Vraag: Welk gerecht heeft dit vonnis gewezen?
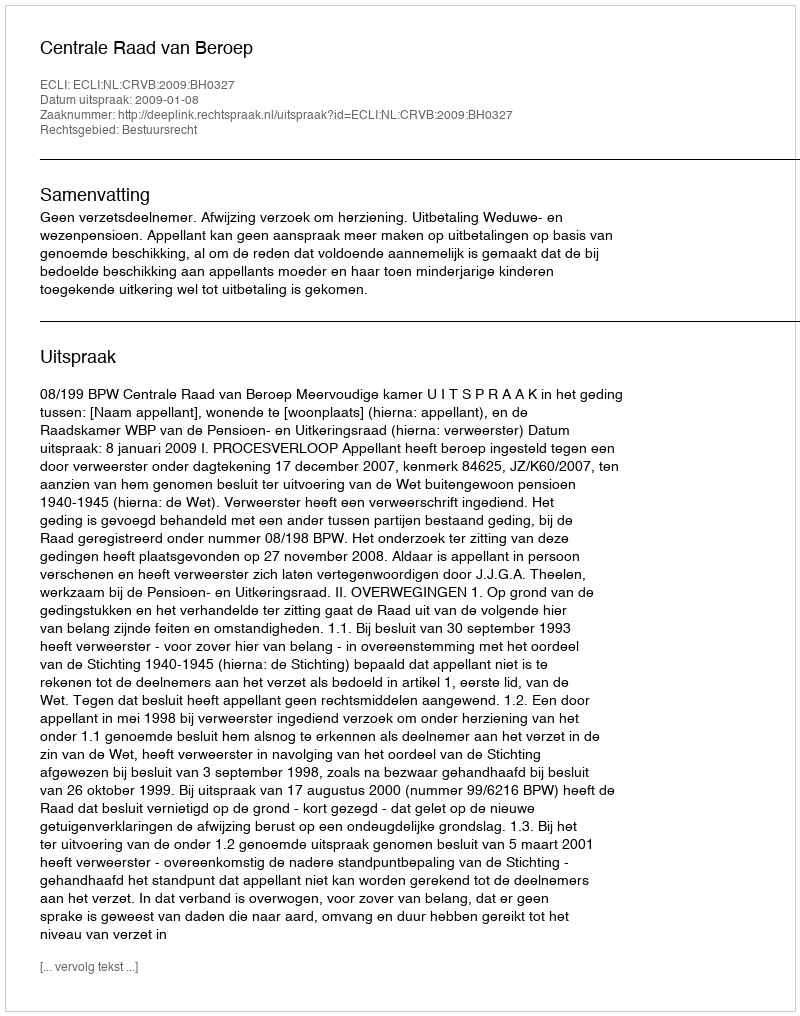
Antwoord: Centrale Raad van Beroep